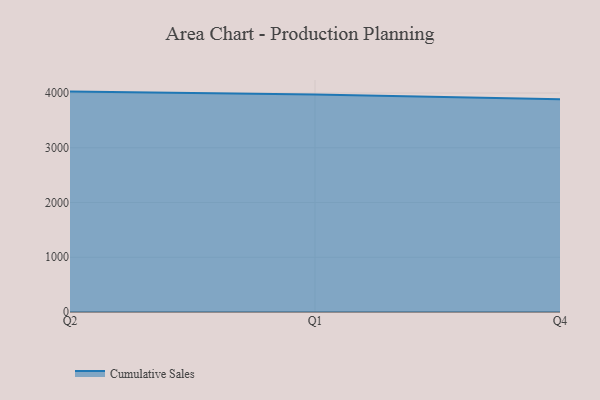
{"axis": {"x": "Quarter", "y": "Temperature (°C)"}, "legend": ["Cumulative Sales"], "data": [{"x": "Q2", "y": 4026.0, "type": "Cumulative Sales"}, {"x": "Q1", "y": 3971.3, "type": "Cumulative Sales"}, {"x": "Q4", "y": 3885.0, "type": "Cumulative Sales"}]}